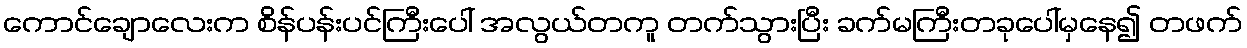
ကောင်ချောလေးက စိန်ပန်းပင်ကြီးပေါ် အလွယ်တကူ တက်သွားပြီး ခက်မကြီးတခုပေါ်မှနေ၍ တဖက်